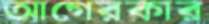
আগেরকার